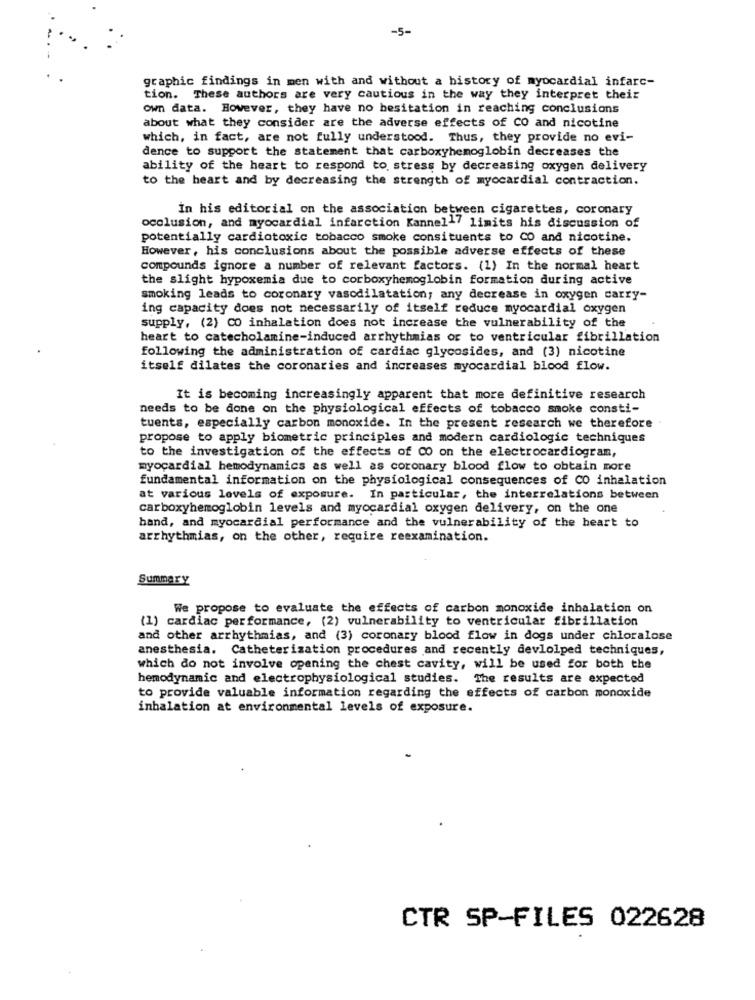
-5-
graphic findings in men with and without a history of myocardial infarc-
tion. These authors are very cautious in the way they interpret their
own data. However, they have no hesitation in reaching conclusions
about what they consider are the adverse effects of CO and nicotine
which, in fact, are not fully understood. Thus, they provide no evi-
dence to support the statement that carboxyhemoglobin decreases the
ability of the heart to respond to. stress by decreasing oxygen delivery
to the heart and by decreasing the strength of myocardial contraction.
In his editorial on the association between cigarettes, coronary
occlusion, and myocardial infarction Kannell' limits his discussion of
potentially cardiotoxic tobacco smoke consituents to CO and nicotine.
However, his conclusions about the possible adverse effects of these
compounds ignore a number of relevant factors. (1) In the normal heart
the slight hypoxemia due to corboxyhemoglobin formation during active
smoking leads to coronary vasodilatation; any decrease in oxygen carry-
ing capacity does not necessarily of itself reduce myocardial oxygen
supply, (2) CO inhalation does not increase the vulnerability of the
heart to catecholamine-induced arrhythmias or to ventricular fibrillation
following the administration of cardiac glycosides, and (3) nicotine
itself dilates the coronaries and increases myocardial blood flow.
It is becoming increasingly apparent that more definitive research
needs to be done on the physiological effects of tobacco smoke consti-
tuents, especially carbon monoxide. In the present research we therefore
propose to apply biometric principles and modern cardiologie techniques
to the investigation of the effects of CO on the electrocardiogram,
myocardial hemodynamics as well as coronary blood flow to obtain more
fundamental information on the physiological consequences of CO inhalation
at various levels of exposure. In particular, the interrelations between
carboxyhemoglobin levels and myocardial oxygen delivery, on the one
hand, and myocardial performance and the vulnerability of the heart to
arrhythmias, on the other, require reexamination.
Summary
We propose to evaluate the effects of carbon monoxide inhalation on
(1) cardiac performance, (2) vulnerability to ventricular fibrillation
and other arrhythmias, and (3) coronary blood flow in dogs under chloralose
anesthesia. Catheterization procedures and recently devlolped techniques,
which do not involve opening the chest cavity, will be used for both the
hemodynamic and electrophysiological studies. The results are expected
to provide valuable information regarding the effects of carbon monoxide
inhalation at environmental levels of exposure.
CTR SP-FILES 022628